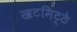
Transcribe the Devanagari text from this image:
खटमिट्ठे